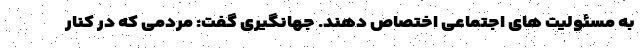
به مسئولیت های اجتماعی اختصاص دهند. جهانگیری گفت: مردمی که در کنار